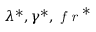
\lambda ^ { * } , \gamma ^ { * } , \textit { f r } ^ { * }